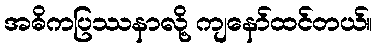
အဓိကပြဿနာလို့ ကျနော်ထင်တယ်။